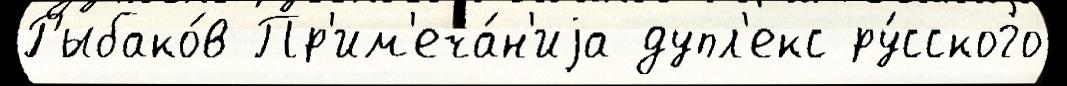
Рыбако́в Пр'им'еча́н'иjа дупл'екс ру́сского